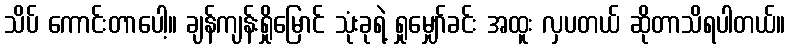
သိပ် ကောင်းတာပေါ့။ ချန်ကျန်းရှိုမြောင် သုံးခုရဲ့ ရှုမျှော်ခင်း အထူး လှပတယ် ဆိုတာသိရပါတယ်။